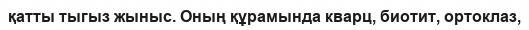
қатты тыгыз жыныс. Оның құрамында кварц, биотит, ортоклаз,